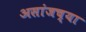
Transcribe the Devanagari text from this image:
असांजच्या